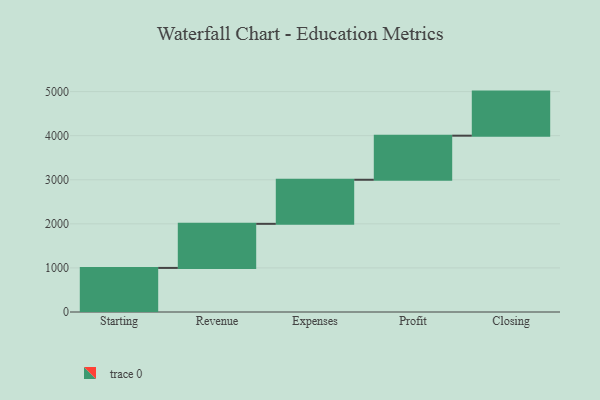
{"axis": {"x": "Step", "y": "Value"}, "legend": [""], "data": [{"x": "Starting", "y": 1000, "type": ""}, {"x": "Revenue", "y": 1000, "type": ""}, {"x": "Expenses", "y": 1000, "type": ""}, {"x": "Profit", "y": 1000, "type": ""}, {"x": "Closing", "y": 1000, "type": ""}]}